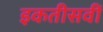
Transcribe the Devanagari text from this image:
इकतीसवीं